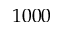
1 0 0 0